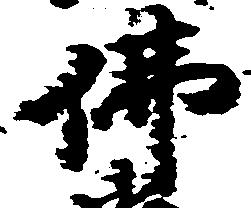
仏